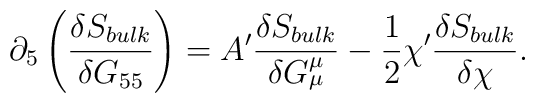
\partial_5 \left( \frac{\delta S_{bulk}}{\delta G_{55}} \right) = A' \frac{\delta S_{bulk}}{\delta G^{\mu}_{\mu}} - \frac{1}{2} \chi' \frac{\delta S_{bulk}}{\delta \chi}.